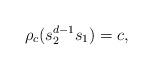
LaTeX: \begin{align*}\rho_c(s_2^{d-1}s_1)=c,\end{align*}